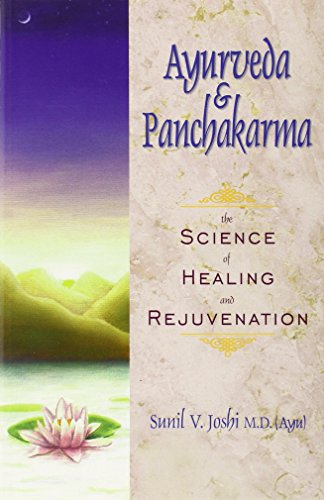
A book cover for Ayurveda and Panchakarma: The Science of Healing and Rejuvenation; Sunhil Dr. Joshi M.D.; Health, Fitness & Dieting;